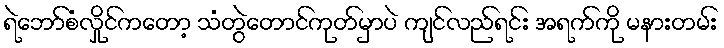
ရဲဘော်စံလှိုင်ကတော့ သံတွဲတောင်ကုတ်မှာပဲ ကျင်လည်ရင်း အရက်ကို မနားတမ်း